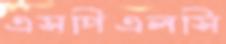
এসপিএলসি